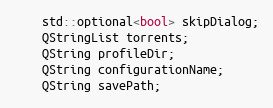
Language: C
    std::optional<bool> skipDialog;
    QStringList torrents;
    QString profileDir;
    QString configurationName;
    QString savePath;